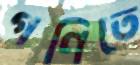
গণিতে